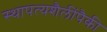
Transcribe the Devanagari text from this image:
स्थापत्यशैलींपैकी